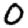
Digit: 0